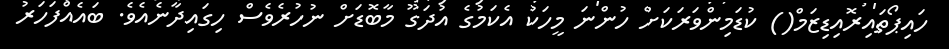
ހައިޕޯތައިރޮއިޑިޒަމް() ކުޑަމިންވަރަކަށް ހުންނަ މީހަކު އެކަމުގެ އުދަގޫ މާބޮޑަށް ނުހުރެވެސް ހިގައިދާނެއެވެ. ބައެއްފަހަރު